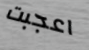
اعجبت